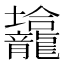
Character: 𱍀